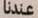
عندنا